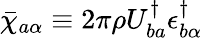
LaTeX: \bar{\chi}_{a\alpha}\equiv 2\pi\rho U_{ba}^{\dagger}\epsilon_{b\alpha}^{\dagger}